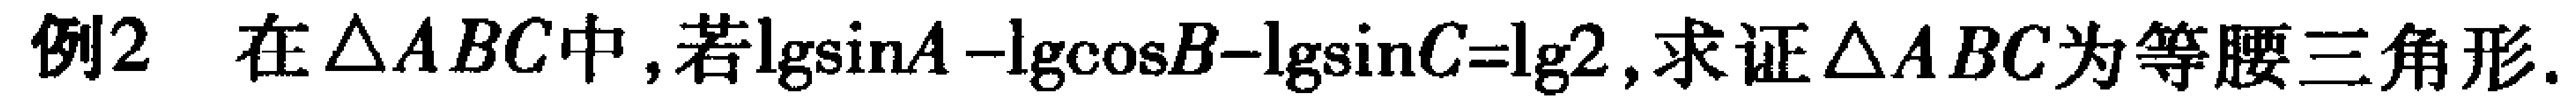
例2 在\(\triangle ABC\)中，若\(\lg\sin A - \lg\cos B - \lg\sin C = \lg2\)，求证\(\triangle ABC\)为等腰三角形.